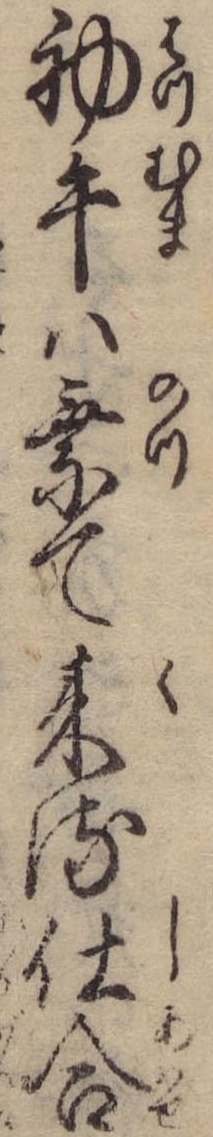
初午は乗て来る仕合